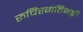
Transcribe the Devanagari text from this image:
रुचिरगतिभङ्गी